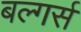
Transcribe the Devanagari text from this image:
बल्गर्स